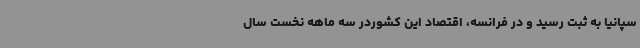
سپانیا به ثبت رسید و در فرانسه، اقتصاد این کشوردر سه ماهه نخست سال